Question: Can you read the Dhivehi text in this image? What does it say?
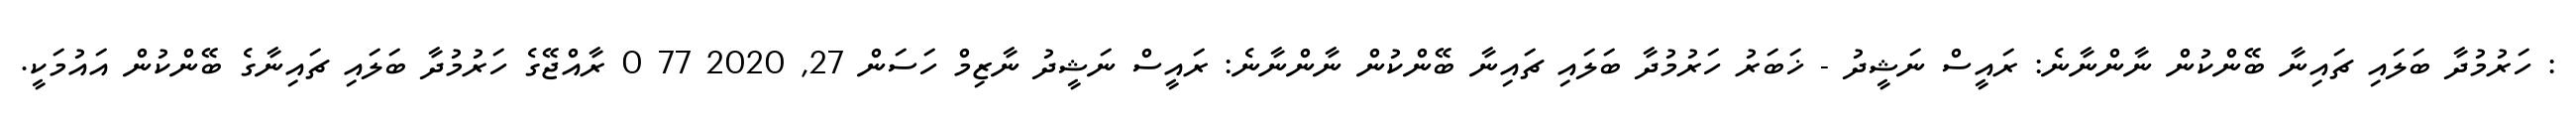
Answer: : ހަރުމުދާ ބަލައި ޗައިނާ ބޭންކުން ނާންނާނެ: ރައީސް ނަޝީދު - ޚަބަރު ހަރުމުދާ ބަލައި ޗައިނާ ބޭންކުން ނާންނާނެ: ރައީސް ނަޝީދު ނާޒިމް ހަސަން 27, 2020 77 0 ރާއްޖޭގެ ހަރުމުދާ ބަލައި ޗައިނާގެ ބޭންކުން އައުމަކީ.